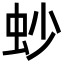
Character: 䖢